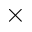
\times